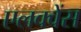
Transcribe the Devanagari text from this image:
एलक्वेंस